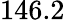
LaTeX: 146.2